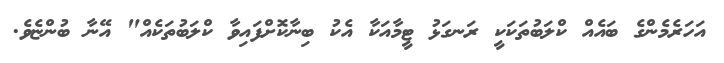
އަހަރެމެންގެ ބައެއް ކްލަބުތަކަކީ ރަނގަޅު ޓީމާއަކާ އެކު ބިނާކޮށްފައިވާ ކްލަބުތަކެއް" އޭނާ ބުންޏެވެ.